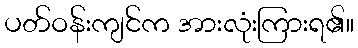
ပတ်ဝန်းကျင်က အားလုံးကြားရ၏။